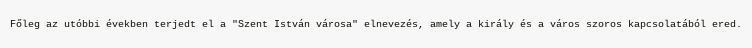
Főleg az utóbbi években terjedt el a "Szent István városa" elnevezés, amely a király és a város szoros kapcsolatából ered.